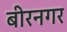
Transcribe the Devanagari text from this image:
बीरनगर